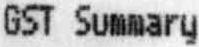
GST SUMMARY